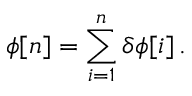
\phi [ n ] = \sum _ { i = 1 } ^ { n } \delta \phi [ i ] \, .